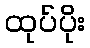
ထုပ်ပိုး